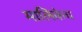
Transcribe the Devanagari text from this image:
मालिकेच